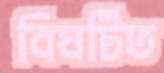
বিঘটিত